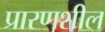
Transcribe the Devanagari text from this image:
प्रारणशील